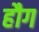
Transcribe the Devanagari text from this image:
हौग